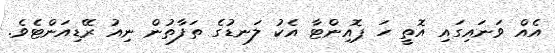
އެއް ވަނައިގައި އޮތީ ހަ ޕޮއިންޓާ އެކު ލަނޑުގެ ތަފާތުން ނިއު ރޭޑިއަންޓެވެ.